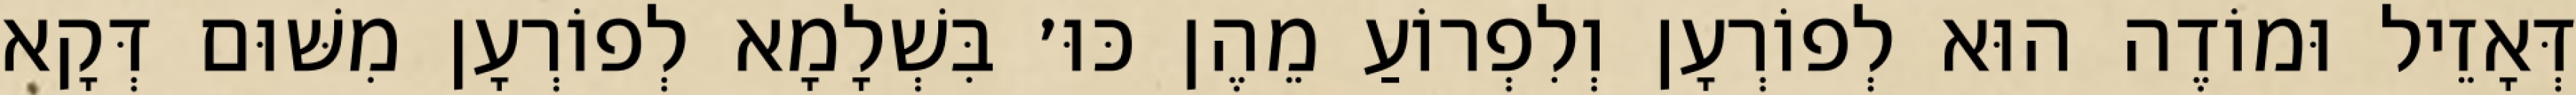
דְּאָזֵיל וּמוֹדֶה הוּא לְפוֹרְעָן וְלִפְרוֹעַ מֵהֶן כּוּ׳ בִּשְׁלָמָא לְפוֹרְעָן מִשּׁוּם דְּקָא